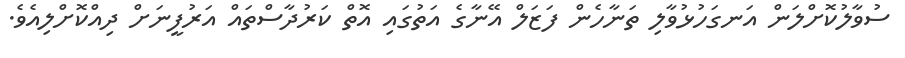
ސުވާލުކޮށްލަން އަނގަހުޅުވާލި ތަނާހެން ފަޒަލް އޭނާގެ އަތުގައި އޮތް ކަރުދާސްތައް އަރުފީނަށް ދިއްކޮށްލިއެވެ.